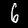
Label: 6